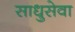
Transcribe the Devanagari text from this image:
साधुसेवा